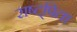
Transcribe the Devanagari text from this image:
राष्ट्पिता